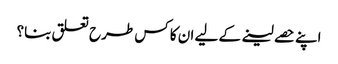
اپنے حصے لینے کے لیے ان کا کس طرح تعلق بنا؟